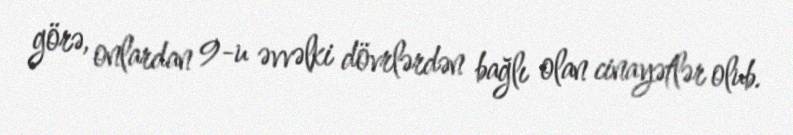
görə, onlardan 9-u əvvəlki dövrlərdən bağlı olan cinayətlər olub.